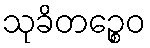
သုခိတဉ္စေဝ